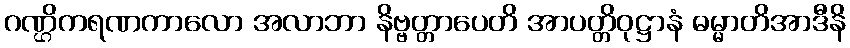
ဂဏ္ဌိကရဏကာလော အလာဘာ နိဗ္ဗတ္တာပေတိ အာပတ္တိဝုဋ္ဌာနံ ဓမ္မာတိအာဒီနိ